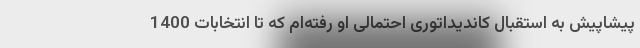
پیشاپیش به استقبال کاندیداتوری احتمالی او رفته‌ام که تا انتخابات 1400